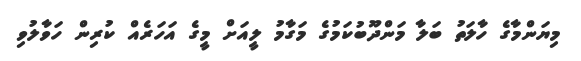
މިޔަންމާގެ ހާލަތު ބަލާ މަންދޫބުކަމުގެ މަގާމު ލީއަށް މީގެ އަހަރެއް ކުރިން ހަވާލުވި